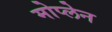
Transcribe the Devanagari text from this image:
मोप्लेन